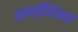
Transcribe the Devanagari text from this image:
समलैँगिकता